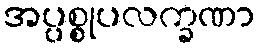
အပ္ပစ္စုပလက္ခဏာ